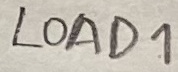
Text: LOAD1